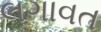
લગાવત